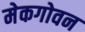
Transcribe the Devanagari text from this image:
मेकगोवन